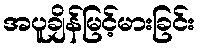
အပူချိန်မြင့်မားခြင်း